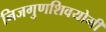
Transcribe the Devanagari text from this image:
निजगुणशिवयोगी